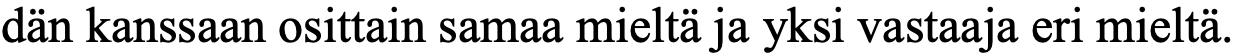
dän kanssaan osittain samaa mieltä ja yksi vastaaja eri mieltä.